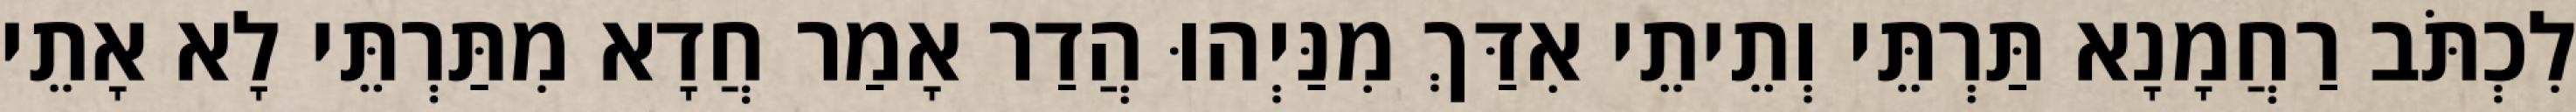
לִכְתֹּב רַחֲמָנָא תַּרְתֵּי וְתֵיתֵי אִדַּךְ מִנַּיְהוּ הֲדַר אָמַר חֲדָא מִתַּרְתֵּי לָא אָתֵי